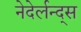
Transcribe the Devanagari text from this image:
नेदेर्लन्द्स